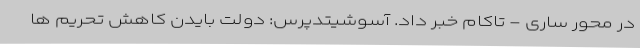
در محور ساری - تاکام خبر داد. آسوشیتدپرس: دولت بایدن کاهش تحریم ها